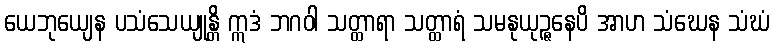
ယေဘုယျေန ပသံသေယျုန္တိ ဣဒံ ဘဂဝါ သတ္ထာရာ သတ္ထာရံ သမနုယုဉ္ဇနေပိ အာဟ သံဃေန သံဃံ